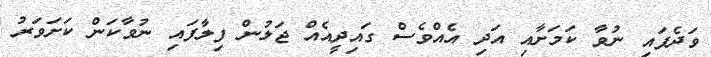
ވަދެފައި ނުވާ ކަމަށާއި އަދި އެއްވެސް ގައިދީއެއް ޖަލުން ފިލާފައި ނުވާކަން ކަށަވަރު